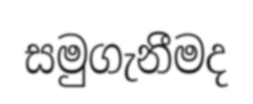
සමුගැනීමද